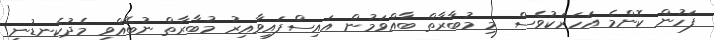
ފަހުން ކޮންމެ އަހަރަކުވެސް މި މުބާރާތް ބާއްވަމުން އައިސްފައިވާއިރު މުބާރާތް ނުބޭއްވި މެދުކެނޑުނީ